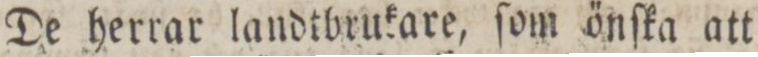
De herrar landtbrukare, ſom önſka att